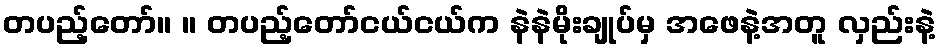
တပည့်တော်။ ။ တပည့်တော်ငယ်ငယ်က နဲနဲမိုးချုပ်မှ အဖေနဲ့အတူ လှည်းနဲ့